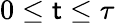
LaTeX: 0\leq\mathsf{t}\leq\tau